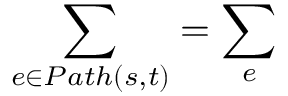
\sum _ { e \in P a t h ( s , t ) } = \sum _ { e }